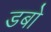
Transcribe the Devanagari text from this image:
डबो